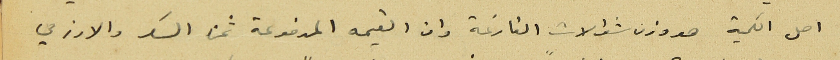
اصل الكمية هو وزن شوالات الفارغة وان القيمه المدفوعة ثمن السكر والارز هي